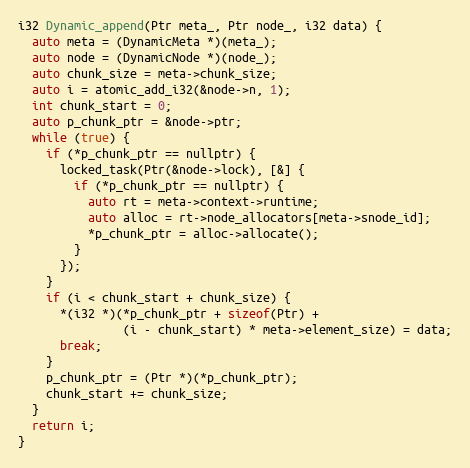
Language: C
i32 Dynamic_append(Ptr meta_, Ptr node_, i32 data) {
  auto meta = (DynamicMeta *)(meta_);
  auto node = (DynamicNode *)(node_);
  auto chunk_size = meta->chunk_size;
  auto i = atomic_add_i32(&node->n, 1);
  int chunk_start = 0;
  auto p_chunk_ptr = &node->ptr;
  while (true) {
    if (*p_chunk_ptr == nullptr) {
      locked_task(Ptr(&node->lock), [&] {
        if (*p_chunk_ptr == nullptr) {
          auto rt = meta->context->runtime;
          auto alloc = rt->node_allocators[meta->snode_id];
          *p_chunk_ptr = alloc->allocate();
        }
      });
    }
    if (i < chunk_start + chunk_size) {
      *(i32 *)(*p_chunk_ptr + sizeof(Ptr) +
               (i - chunk_start) * meta->element_size) = data;
      break;
    }
    p_chunk_ptr = (Ptr *)(*p_chunk_ptr);
    chunk_start += chunk_size;
  }
  return i;
}